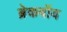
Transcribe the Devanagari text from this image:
ब्रेकबॉय